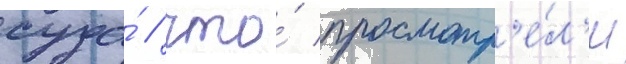
суда́ / что́ просмотр'е́л'и